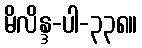
မိလိန္ဒ-ပါ-၃၃၈။